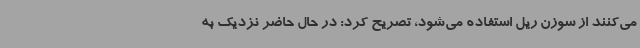
می‌کنند از سوزن ریل استفاده می‌شود، تصریح کرد: در حال حاضر نزدیک به